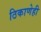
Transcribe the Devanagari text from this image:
ठिकाणेही